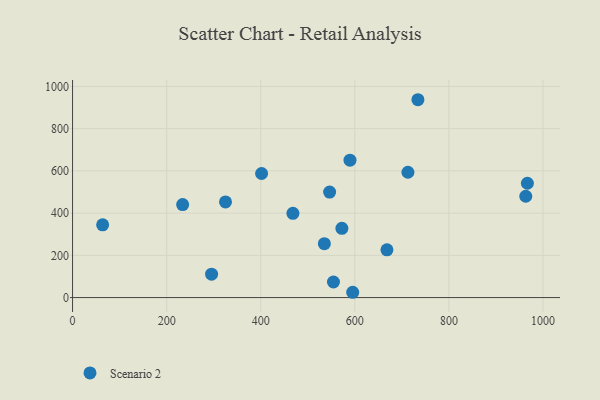
{"axis": {"x": "Distance", "y": "Fuel Efficiency"}, "legend": ["Scenario 2"], "data": [{"x": "572.5", "y": 328.1, "type": "Scenario 2"}, {"x": "234.0", "y": 440.7, "type": "Scenario 2"}, {"x": "589.7", "y": 650.6, "type": "Scenario 2"}, {"x": "546.4", "y": 499.9, "type": "Scenario 2"}, {"x": "966.8", "y": 541.6, "type": "Scenario 2"}, {"x": "595.5", "y": 25.1, "type": "Scenario 2"}, {"x": "325.1", "y": 453.0, "type": "Scenario 2"}, {"x": "401.8", "y": 587.6, "type": "Scenario 2"}, {"x": "63.9", "y": 344.8, "type": "Scenario 2"}, {"x": "295.5", "y": 110.6, "type": "Scenario 2"}, {"x": "712.9", "y": 593.7, "type": "Scenario 2"}, {"x": "554.6", "y": 73.8, "type": "Scenario 2"}, {"x": "963.4", "y": 479.9, "type": "Scenario 2"}, {"x": "535.2", "y": 255.2, "type": "Scenario 2"}, {"x": "468.4", "y": 398.9, "type": "Scenario 2"}, {"x": "668.3", "y": 226.1, "type": "Scenario 2"}, {"x": "734.1", "y": 937.1, "type": "Scenario 2"}]}